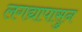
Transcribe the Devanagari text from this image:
लगद्यापासुन